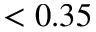
< 0 . 3 5